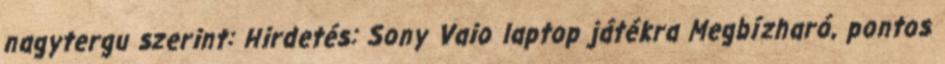
nagytergu szerint: Hirdetés: Sony Vaio laptop játékra Megbízharó, pontos